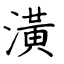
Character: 潢